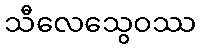
သီလေသွေဝဿ